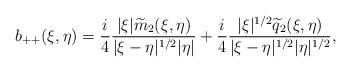
LaTeX: \begin{align*}b_{++}(\xi,\eta) & = \frac{i}{4}\frac{|\xi| \widetilde{m}_2(\xi,\eta)}{|\xi-\eta|^{1/2} |\eta|} + \frac{i}{4}\frac{|\xi|^{1/2} \widetilde{q}_2(\xi,\eta)}{|\xi-\eta|^{1/2} |\eta|^{1/2}},\end{align*}